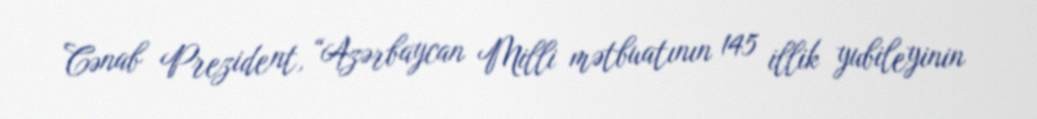
Cənab Prezident, “Azərbaycan Milli mətbuatının 145 illik yubileyinin